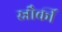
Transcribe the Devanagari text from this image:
स्नौर्की